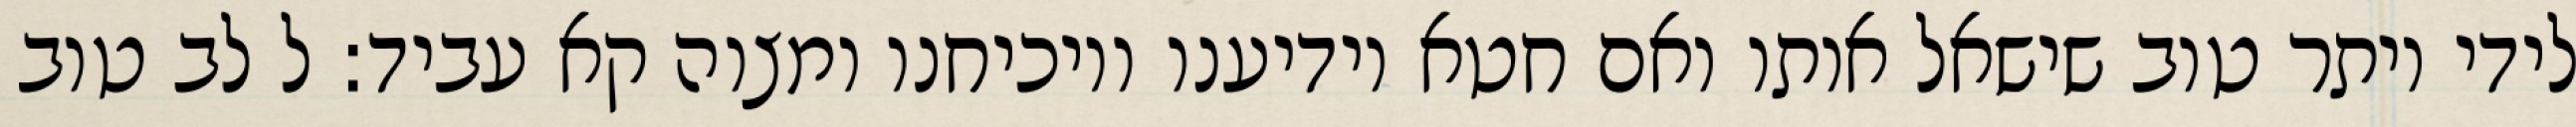
לידי יותר טוב שישאל אותו ואם חטא יודיענו ויוכיחנו ומצוה קא עביד: ל לב טוב